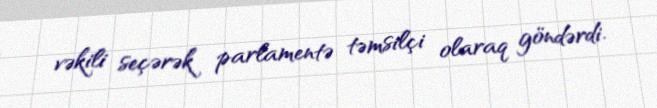
vəkili seçərək parlamentə təmsilçi olaraq göndərdi.